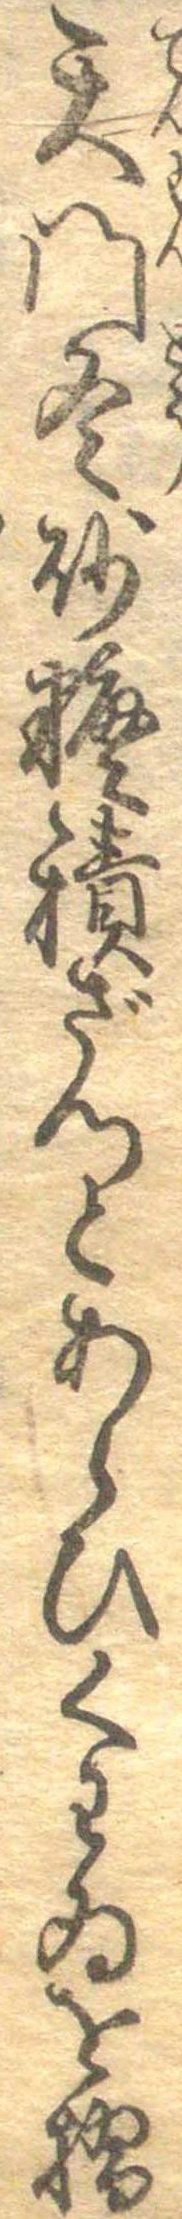
天門冬砂糖積ざつとあらひくわゐを摺